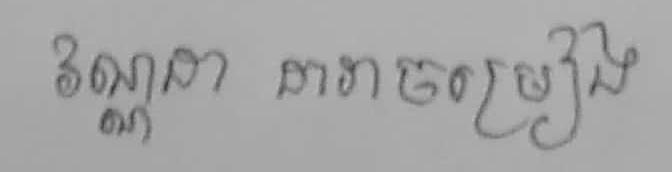
វណ្ណដា ដារាចម្រៀង